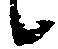
候